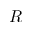
R